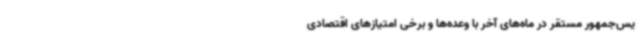
یس‌جمهور مستقر در ماه‌های آخر با وعده‌ها و برخی امتیازهای اقتصادی